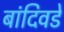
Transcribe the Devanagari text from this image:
बांदिवडे